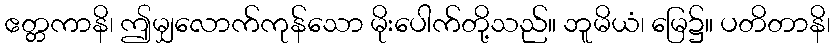
ဧတ္တကာနိ၊ ဤမျှလောက်ကုန်သော မိုးပေါက်တို့သည်။ ဘူမိယံ၊ မြေ၌။ ပတိတာနိ၊